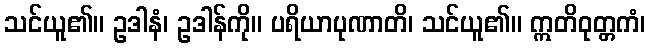
သင်ယူ၏။ ဥဒါနံ၊ ဥဒါန်ကို။ ပရိယာပုဏာတိ၊ သင်ယူ၏။ ဣတိဝုတ္တကံ၊